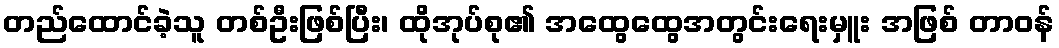
တည်ထောင်ခဲ့သူ တစ်ဦးဖြစ်ပြီး၊ ထိုအုပ်စု၏ အထွေထွေအတွင်းရေးမှူး အဖြစ် တာဝန်